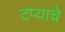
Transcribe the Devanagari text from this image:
टप्याचे